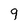
Character: 9